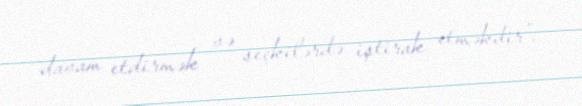
davam etdirmək və seçkilərdə iştirak etməkdir”.